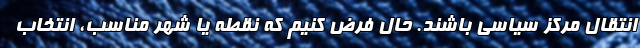
انتقال مرکز سیاسی باشند. حال فرض کنیم که نقطه یا شهر مناسب، انتخاب